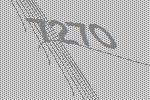
7270